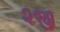
૨જી